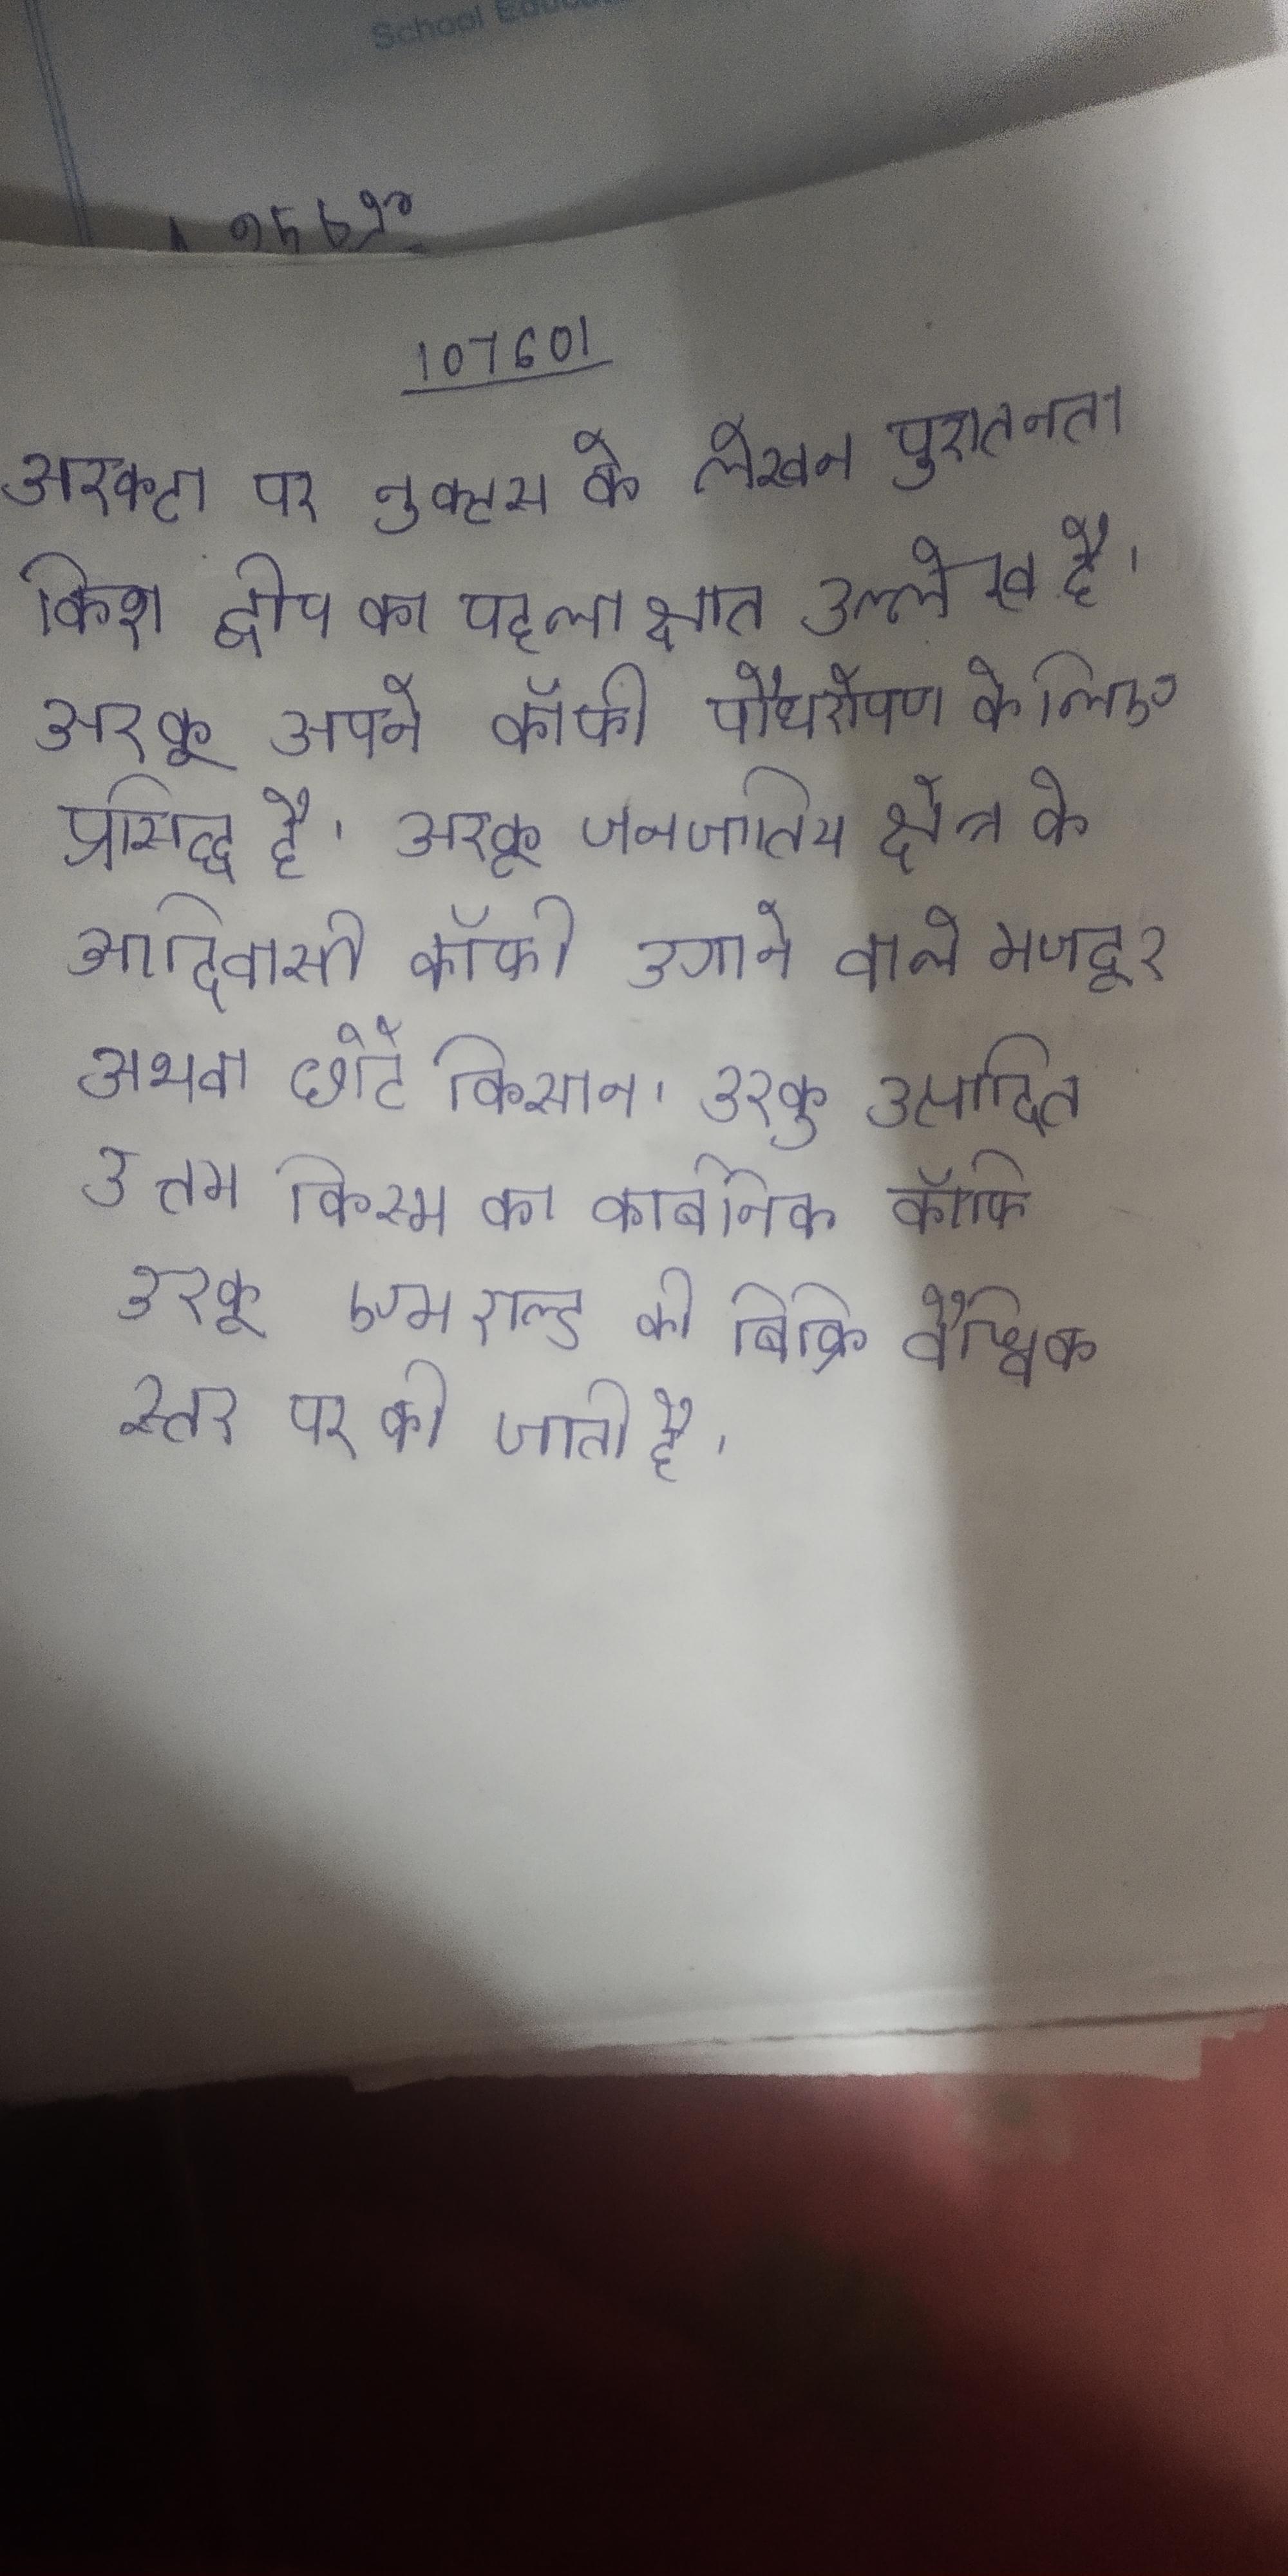
अरकटा पर नुक्टस के लेखन पुरातनता किश द्वीप का पहला ज्ञात उल्लेख है । अरकू अपने कॉफी पौधरोपण के लिए प्रसिद्ध है । अरकू जनजातिय क्षेत्र के आदिवासी कॉफी उगाने वाले मजदूर अथवा छोटे किसान । अरकू उत्पादित उत्तम किस्म का कार्बनिक कॉफी अरकू एमराल्ड की बिक्री वैश्विक स्तर पर की जाती है ।